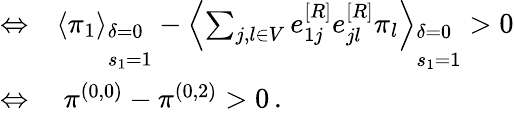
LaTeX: \begin{array}{rl}{\Leftrightarrow}&{{}\left\langle\pi_{1}\right\rangle_{\begin{array}{l}{\delta=0}\\ {s_{1}=1}\end{array}}-\left\langle\sum_{j,l\in V}e_{1j}^{[R]}e_{jl}^{[R]}\pi_{l}\right\rangle_{\begin{array}{l}{\delta=0}\\ {s_{1}=1}\end{array}}>0}\\ {\Leftrightarrow}&{{}~\pi^{(0,0)}-\pi^{(0,2)}>0\, .}\end{array}